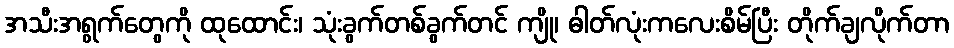
အသီးအရွက်တွေကို ထုထောင်း၊ သုံးခွက်တစ်ခွက်တင် ကျို၊ ဓါတ်လုံးကလေးစိမ်ပြီး တိုက်ချလိုက်တာ